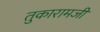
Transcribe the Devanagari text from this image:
तुकारामजी